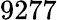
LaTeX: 9277